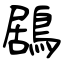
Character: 鶋